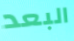
البعد